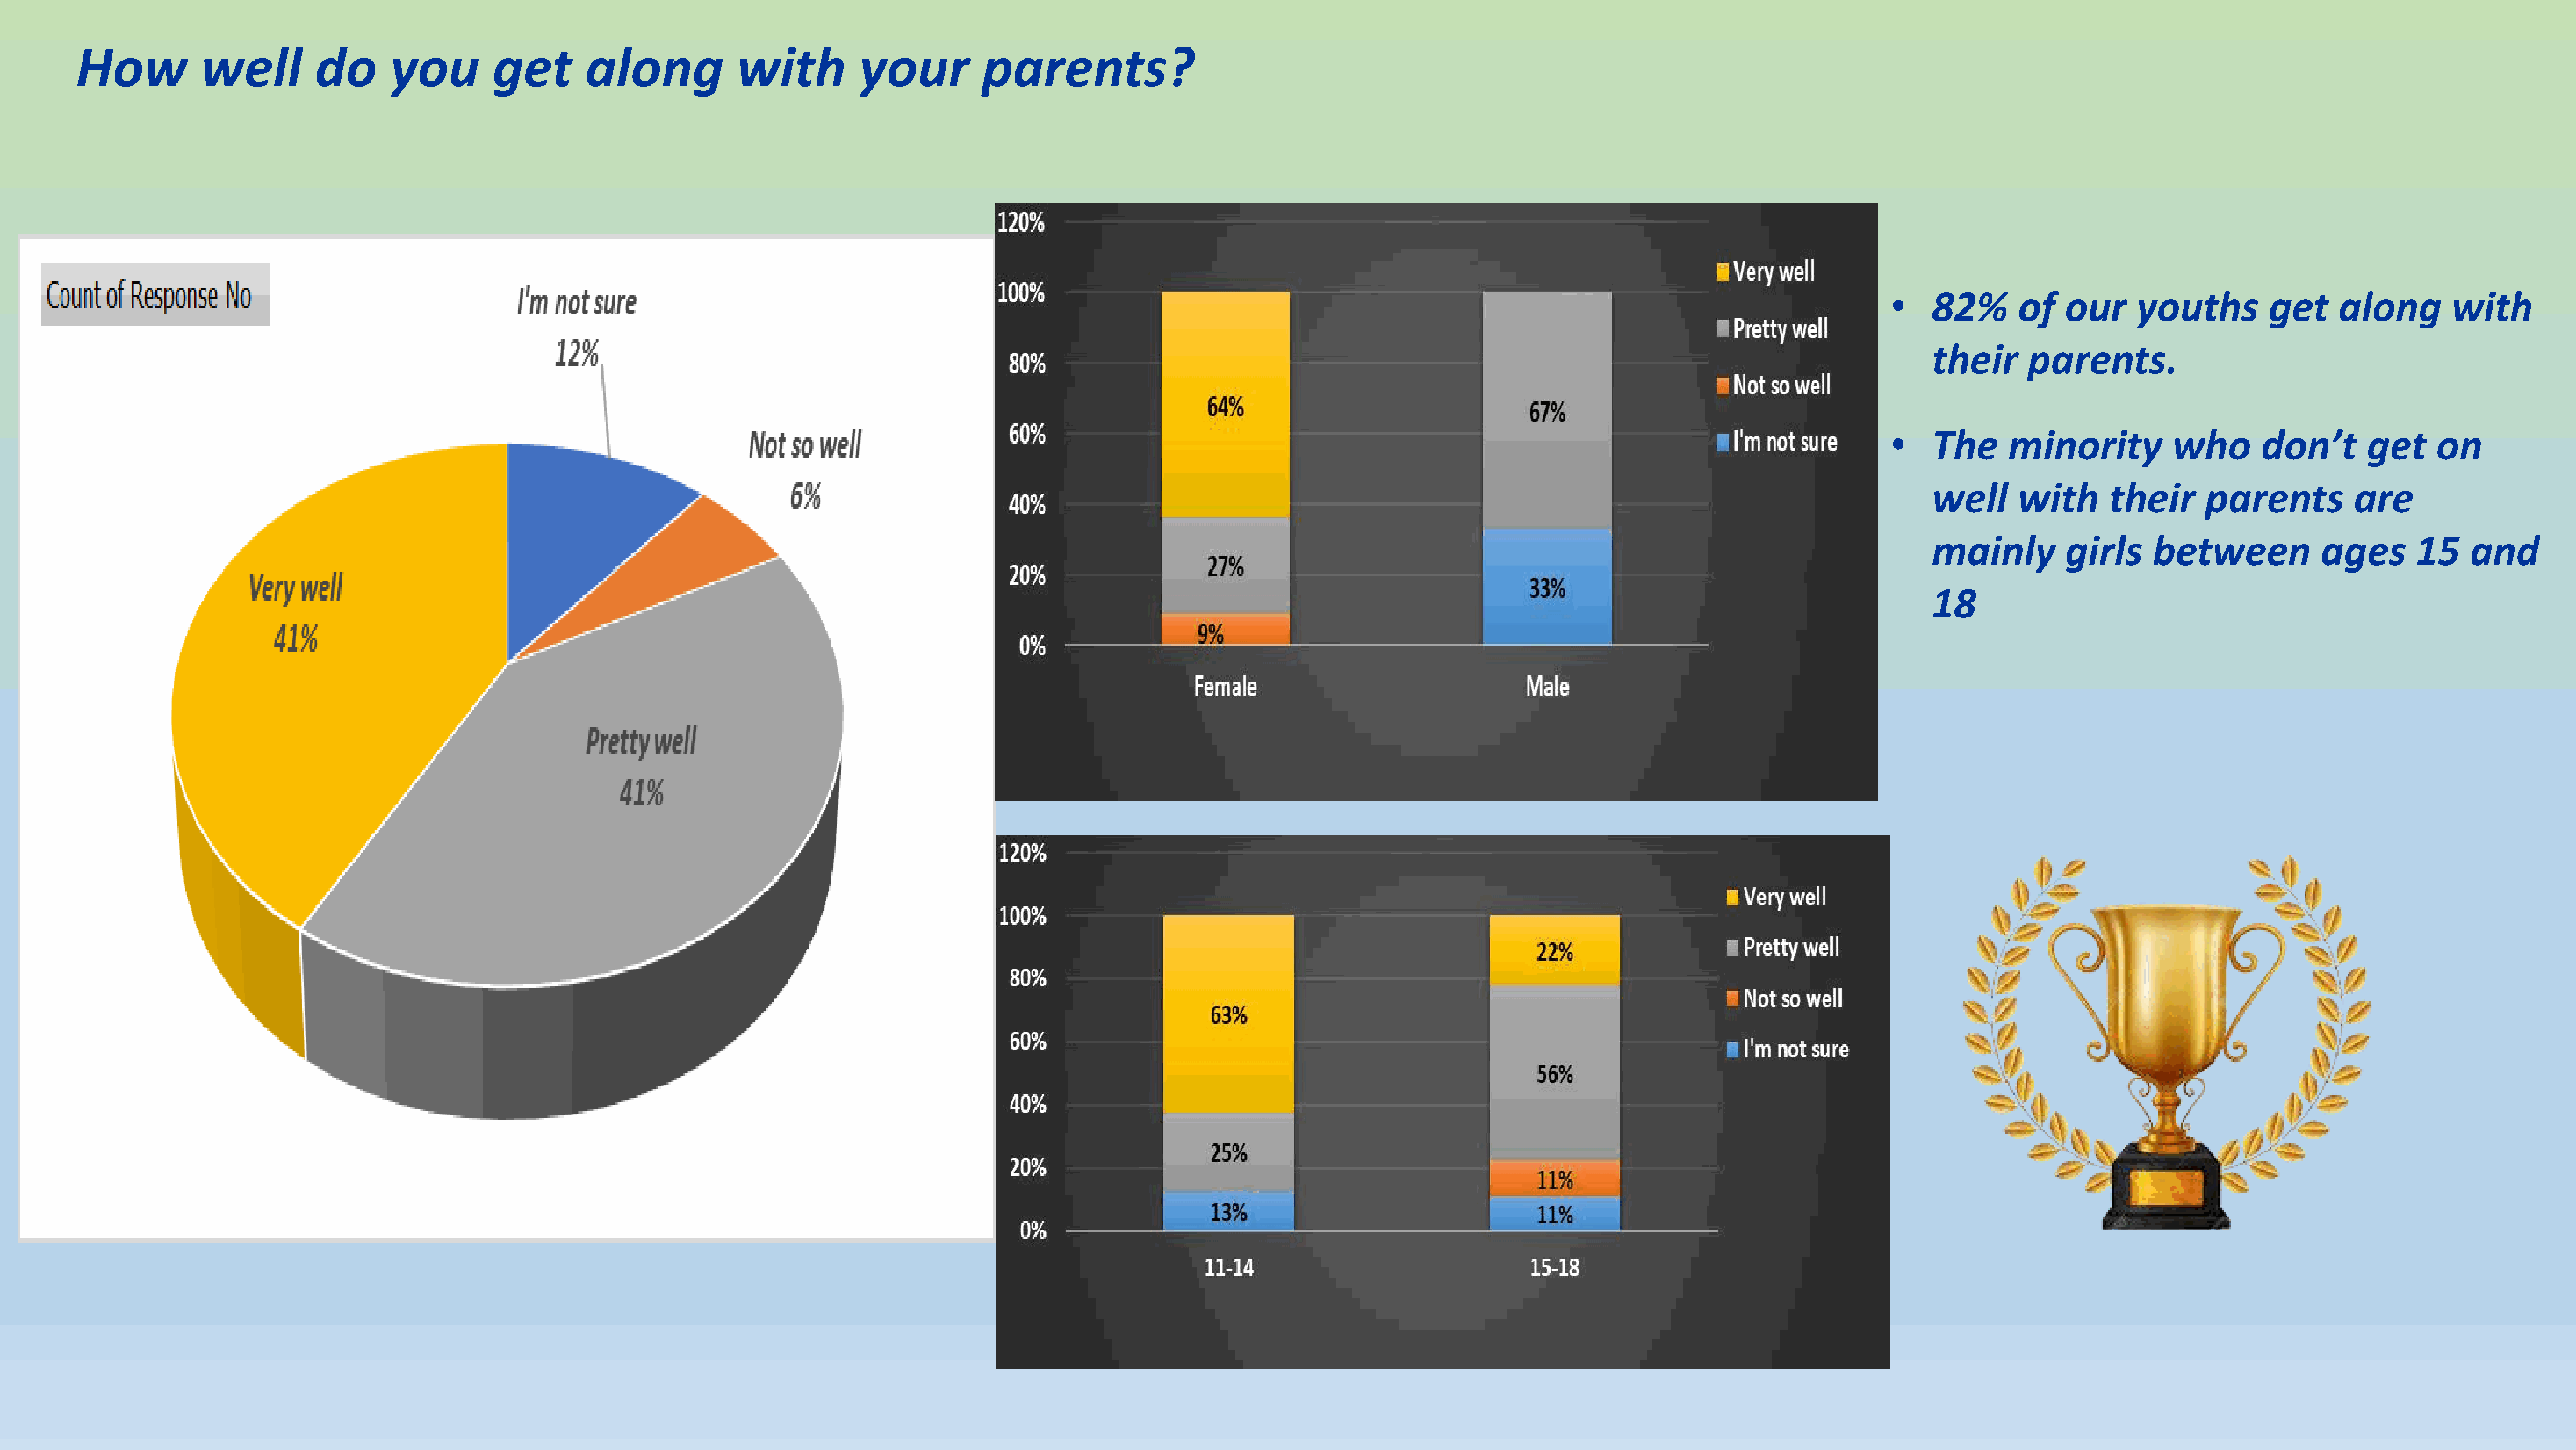
How      well     do   you     get    along       with     your     parents?
 •  82%   of  our  youths    get  along    with
 their  parents.
 •  The  minority     who   don’t   get   on
 well  with   their  parents    are
 mainly    girls between      ages   15  and
 18